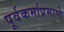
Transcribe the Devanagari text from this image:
पूर्वकर्माप्रमाणे